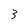
Character: 3